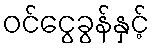
ဝင်ငွေခွန်နှင့်